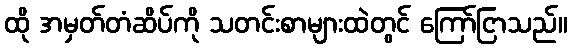
ထို အမှတ်တံဆိပ်ကို သတင်းစာများထဲတွင် ကြော်ငြာသည်။